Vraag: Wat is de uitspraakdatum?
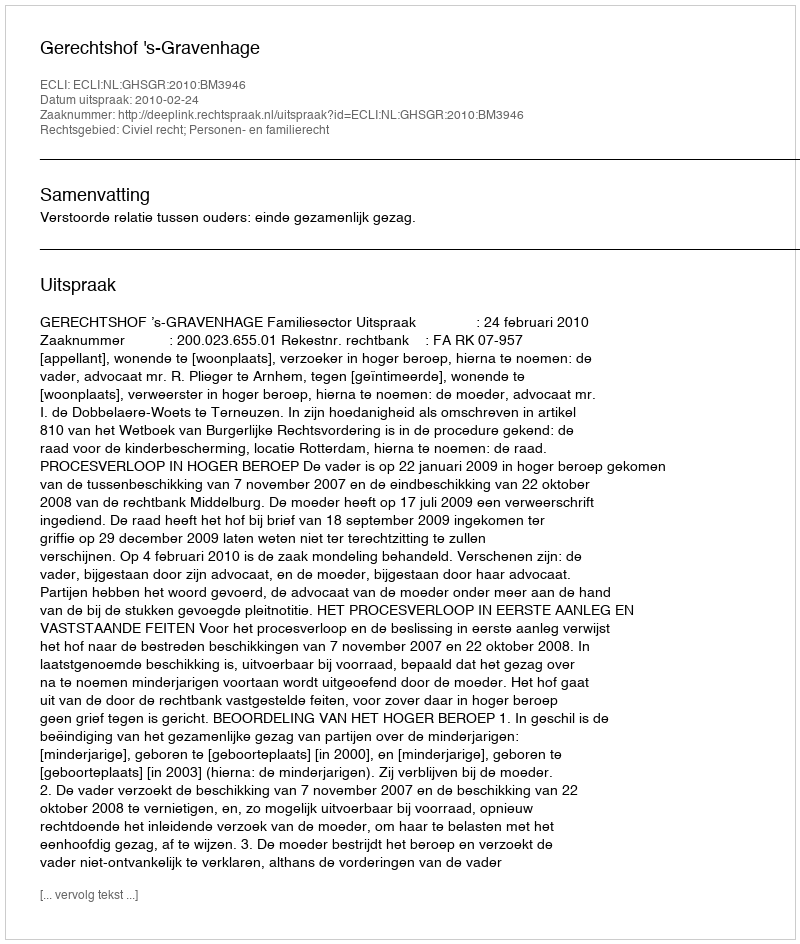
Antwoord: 2010-02-24